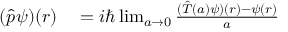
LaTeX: \begin{array} { r l } { ( { \hat { p } } \psi ) ( r ) } & { { } = i \hbar \operatorname* { l i m } _ { a \rightarrow 0 } { \frac { ( { \hat { T } } ( a ) \psi ) ( r ) - \psi ( r ) } { a } } } \end{array}